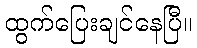
ထွက်ပြေးချင်နေပြီ။